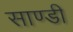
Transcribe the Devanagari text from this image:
साण्डी